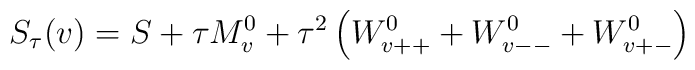
S_\tau (v)=S+\tau M^0_{v}+\tau^2\left(W^0_{v++}+W^0_{v--}+W^0_{v+-}\right)